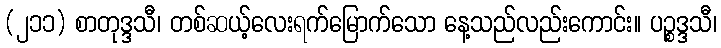
(၂၁၁) စာတုဒ္ဒသီ၊ တစ်ဆယ့်လေးရက်မြောက်သော နေ့သည်လည်းကောင်း။ ပဉ္စဒ္ဒသီ၊